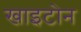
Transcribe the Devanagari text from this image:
खाइटोन